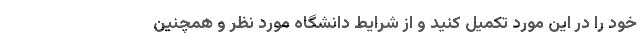
خود را در این مورد تکمیل کنید و از شرایط دانشگاه مورد نظر و همچنین